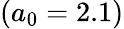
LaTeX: (a_{0}=2.1)